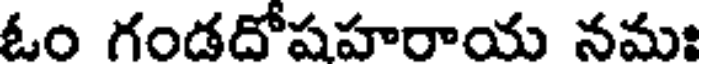
ఓం గండదోషహరాయ నమః